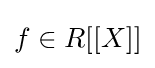
f\in R[[X]]